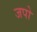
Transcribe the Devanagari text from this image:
जपो